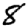
Digit: 8